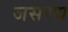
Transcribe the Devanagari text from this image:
जसरथ